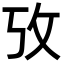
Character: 攷